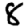
Digit: 8